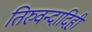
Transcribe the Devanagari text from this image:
तिरुवन्दादिही